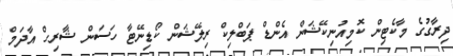
ދިރާގުގެ މާކެޓިން ކޮމިއުނިކޭޝަން އެންޑް ޕަބްލިކް ރިލޭޝަން ކޯޑިނޭޓާ ހަސަން ޝާރިހް އާދަމް